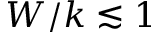
W / k \lesssim 1